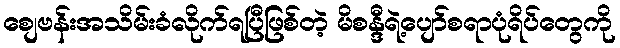
စျေဗန်းအသိမ်းခံလိုက်ရပြီဖြစ်တဲ့ မိစန္ဒီရဲ့ပျော်စရာပုံရိပ်တွေကို